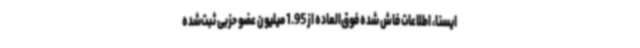
ایسنا، اطلاعات فاش شده فوق‌العاده از 1.95 میلیون عضو حزبی ثبت‌شده